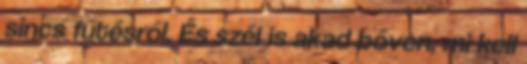
sincs fűtésről. És szél is akad bőven, mi kell